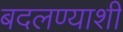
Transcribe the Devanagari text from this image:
बदलण्याशी